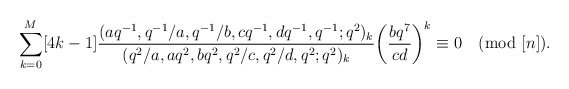
\begin{align*}\sum_{k=0}^{M}[4k-1]\frac{(aq^{-1},q^{-1}/a,q^{-1}/b,cq^{-1},dq^{-1},q^{-1};q^2)_k}{(q^2/a,aq^2,bq^2,q^2/c,q^2/d,q^2;q^2)_k}\bigg(\frac{bq^7}{cd}\bigg)^k\equiv0\pmod{[n]}.\end{align*}